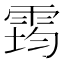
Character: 𩃇